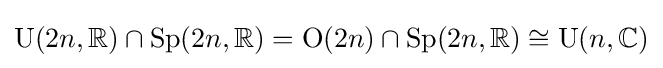
\mathrm {U} (2n,\mathbb {R} )\cap \operatorname {Sp} (2n,\mathbb {R} )=\mathrm {O} (2n)\cap \operatorname {Sp} (2n,\mathbb {R} )\cong \mathrm {U} (n,\mathbb {C} )